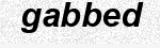
gabbed